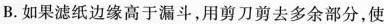
B.如果滤纸边缘高于漏斗，用剪刀剪去多余部分，使